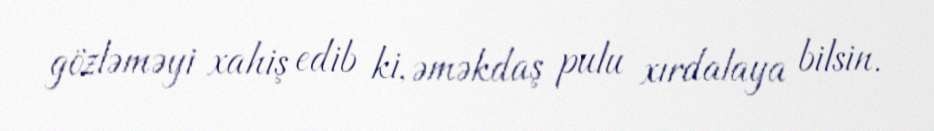
gözləməyi xahiş edib ki, əməkdaş pulu xırdalaya bilsin.